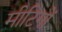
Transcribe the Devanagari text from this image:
मीटिगों